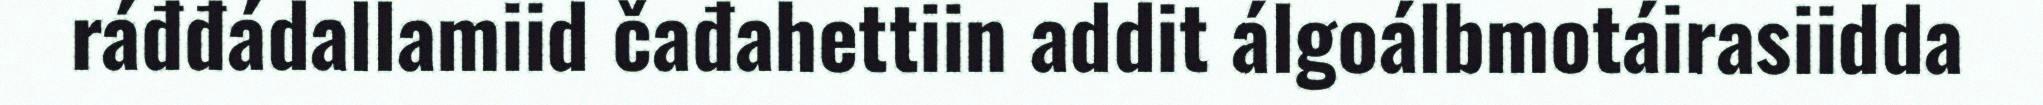
ráđđádallamiid čađahettiin addit álgoálbmotáirasiidda